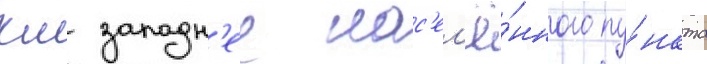
км западн'ее нас'ел'ё́нного пу́нкта